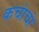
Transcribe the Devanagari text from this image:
कचांचां